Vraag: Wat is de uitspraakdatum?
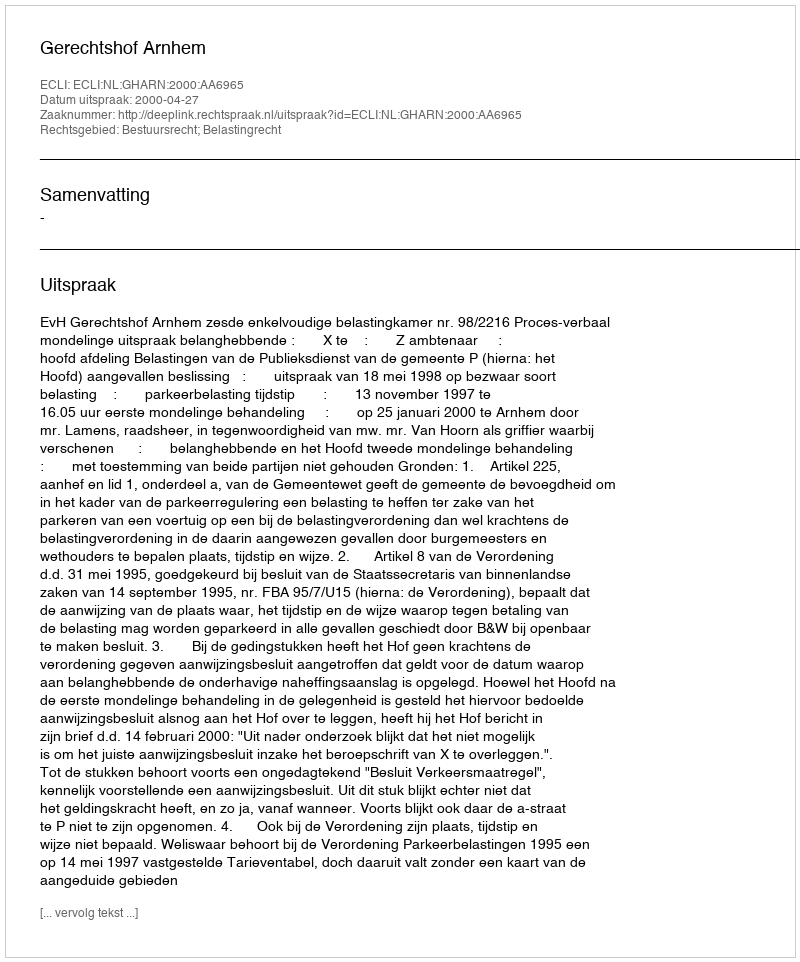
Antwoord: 2000-04-27